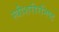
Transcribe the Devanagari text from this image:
स्त्रीशरीरनिष्ठ